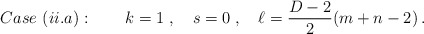
\begin{align*}Case\ (ii.a):\qquad k=1\;, \quad s=0\;, \quad \ell = \frac{D-2}{2}(m+n-2)\,.\end{align*}